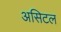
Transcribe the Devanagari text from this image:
असिटल